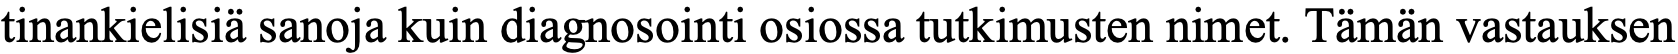
tinankielisiä sanoja kuin diagnosointi osiossa tutkimusten nimet. Tämän vastauksen